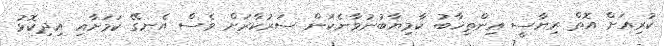
ކުރިއަށް އޮތް ރިޔާސީ އިންތިޚާބު ކާމިޔާބުނުވާނެކަން ސަރުކާރަށް ވެސް އެނގޭ ކަމަށާއި އިދިކޮޅު